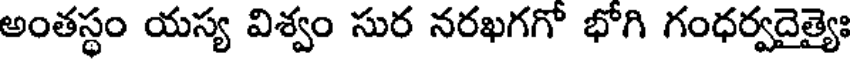
అంతస్థం యస్య విశ్వం సుర నరఖగగో భోగి గంధర్వదైత్యైః